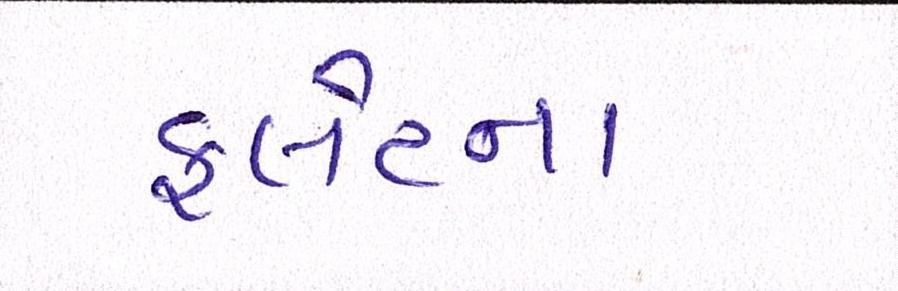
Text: ફ્લેટના